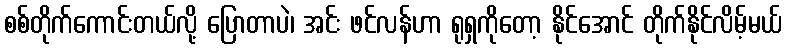
စစ်တိုက်ကောင်းတယ်လို့ ပြောတာပဲ၊ အင်း ဖင်လန်ဟာ ရုရှကိုတော့ နိုင်အောင် တိုက်နိုင်လိမ့်မယ်